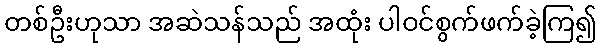
တစ်ဦးဟုသာ အဆဲသန်သည် အထုံး ပါဝင်စွက်ဖက်ခဲ့ကြ၍